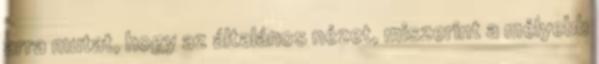
arra mutat, hogy az általános nézet, miszerint a mélyebb